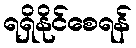
ရရှိနိုင်စေရန်